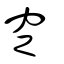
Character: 窆